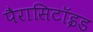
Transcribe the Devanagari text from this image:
पैरासिटॉइड